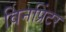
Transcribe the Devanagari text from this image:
विनप्रिंटर